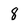
Character: 8